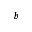
^ b